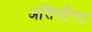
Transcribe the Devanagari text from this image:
असिस्टैण्ट